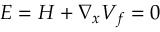
E = H + \nabla _ { x } V _ { f } = 0